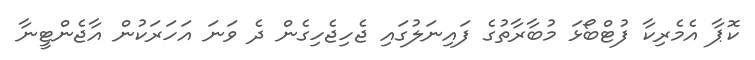
ކޮޕާ އެމެރިކާ ފުޓްބޯޅަ މުބާރާތުގެ ފައިނަލުގައި ޖެހިޖެހިގެން ދެ ވަނަ އަހަރަކުން އާޖެންޓީނާ